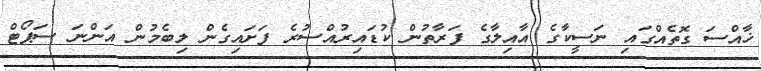
ޚާއްސަ ގޮތެއްގައި ނަސީކާގެ އާއިލާގެ ފަރާތުން ކުޑައިރުއްސުރެ ފަށައިގެން ލިބެމުން އަންނަ ސަޕޯޓް